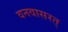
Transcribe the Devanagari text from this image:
वनवासरत्